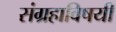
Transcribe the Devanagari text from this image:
संग्रहाविषयी